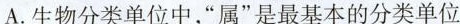
A.生物分类单位中，”属”是最基本的分类单位